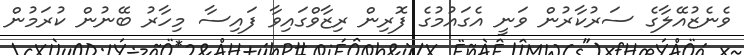
ވެނެޒުއޭލާގެ ސަރުކާރުން ވަނީ އެގައުމުގެ ފޮރިން ރިޒާވްގައިވާ ފައިސާ މިހާރު ބޭނުން ކުރަމުން